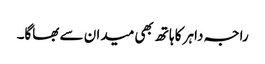
راجہ داہر کا ہاتھ بھی میدان سے بھاگا۔